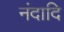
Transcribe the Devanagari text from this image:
नंदादि